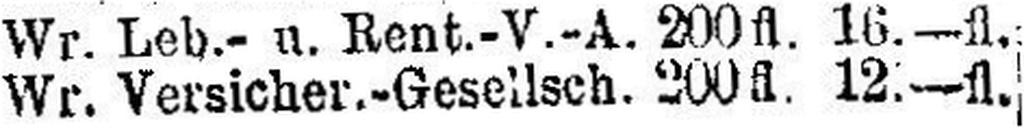
Wr. Versicher.-Gesellsch. 200fl. 12.—fl.